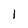
Character: 1